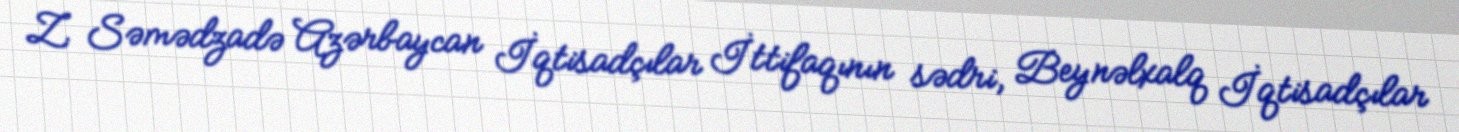
Z. Səmədzadə Azərbaycan İqtisadçılar İttifaqının sədri, Beynəlxalq İqtisadçılar